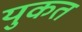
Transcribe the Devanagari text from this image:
युकत